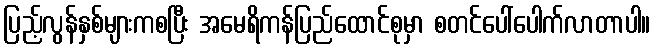
ပြည့်လွန်နှစ်များကစပြီး အမေရိကန်ပြည်ထောင်စုမှာ စတင်ပေါ်ပေါက်လာတာပါ။